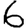
Digit: 6